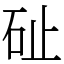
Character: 砋